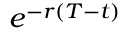
e ^ { - r ( T - t ) }